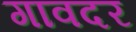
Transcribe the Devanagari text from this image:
गावदर